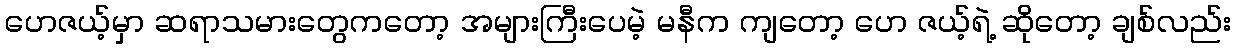
ဟေဇယ့်မှာ ဆရာသမားတွေကတော့ အများကြီးပေမဲ့ မနီက ကျတော့ ဟေ ဇယ့်ရဲ့ ဆိုတော့ ချစ်လည်း